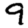
Digit: 9